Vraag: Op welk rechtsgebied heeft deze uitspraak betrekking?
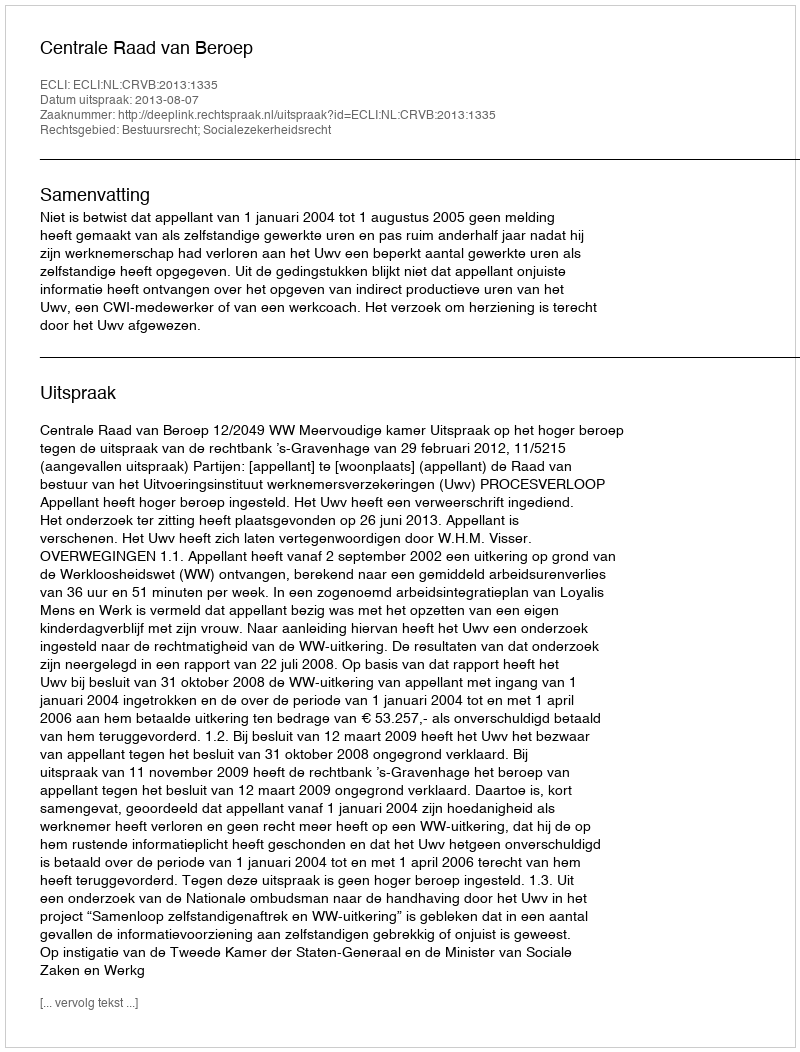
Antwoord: Bestuursrecht; Socialezekerheidsrecht